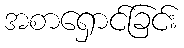
အစာရှောင်ခြင်း